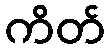
ကိတ်